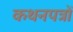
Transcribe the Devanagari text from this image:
कथनपत्रों